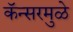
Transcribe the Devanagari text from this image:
कॅन्सरमुळे